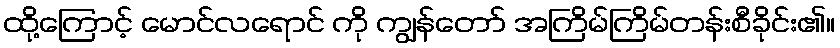
ထို့ကြောင့် မောင်လရောင် ကို ကျွန်တော် အကြိမ်ကြိမ်တန်းစီခိုင်း၏။